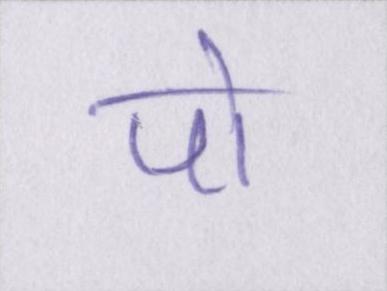
पो